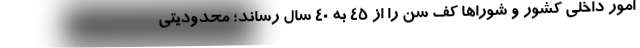
امور داخلی کشور و شوراها کف سن را از ۴۵ به ۴۰ سال رساند؛ محدودیتی